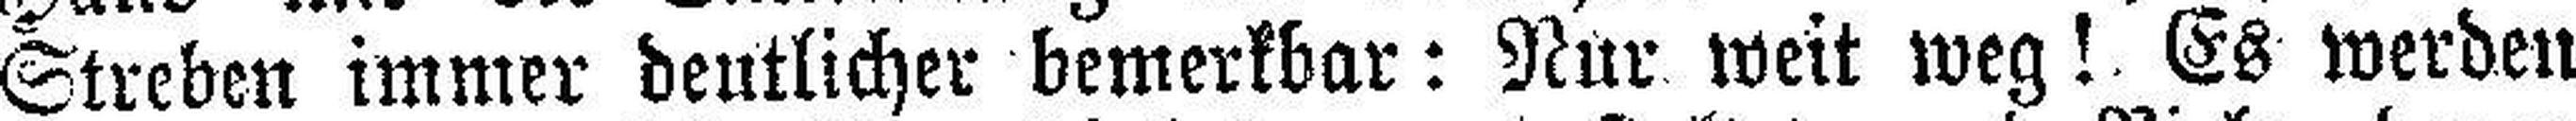
Streben immer deutlicher bemerkbar: Nur weit weg! Es werden